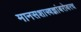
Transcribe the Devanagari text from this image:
मानसशास्त्रज्ञांबरोबरच